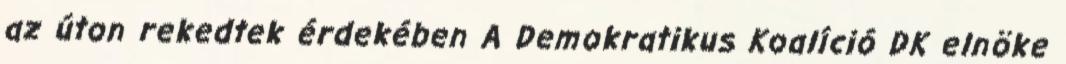
az úton rekedtek érdekében A Demokratikus Koalíció DK elnöke